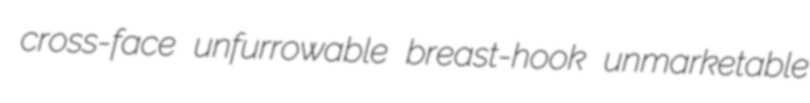
cross-face unfurrowable breast-hook unmarketable